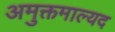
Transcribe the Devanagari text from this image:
अमुक्तमाल्यद